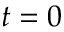
t = 0